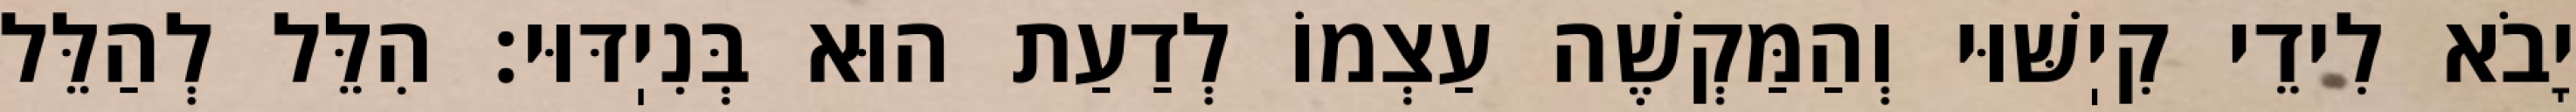
יָבֹא לִידֵי קִיֽשּׁוּי וְהַמַּקְשֶׁה עַצְמוֹ לְדַעַת הוּא בְּנִיֽדּוּי: הִלֵּל לְהַלֵּל